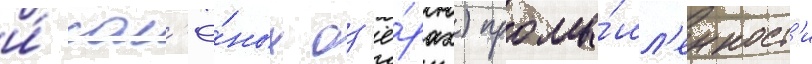
и́ сол'ё́ных оз'ё́рах) промы́шл'енност'и